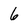
Character: 6